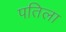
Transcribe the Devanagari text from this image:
पतिला